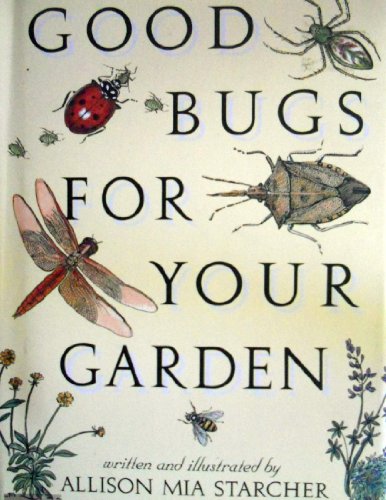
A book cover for Good Bugs for Your Garden; Allison Starcher; Crafts, Hobbies & Home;